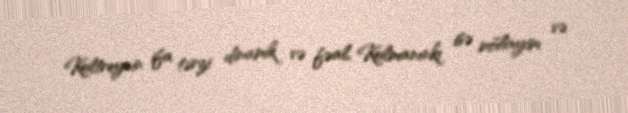
Koltreynin ifa tərzi dinamik və fəal, Kolmanınkı isə mülayim və